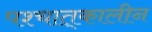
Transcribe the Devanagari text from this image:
पश्चात्‌कालीन